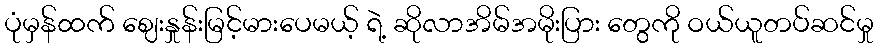
ပုံမှန်ထက် ဈေးနှုန်းမြင့်မားပေမယ့် ရဲ့ ဆိုလာအိမ်အမိုးပြား တွေကို ဝယ်ယူတပ်ဆင်မှု